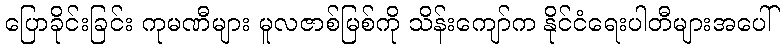
ပြောခိုင်းခြင်း ကုမဏီများ မူလဇာစ်မြစ်ကို သိန်းကျော်က နိုင်ငံရေးပါတီများအပေါ်